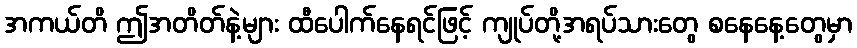
အကယ်တိ ဤအတိတ်နဲ့များ ထီပေါက်နေရင်ဖြင့် ကျုပ်တို့အရပ်သားတွေ စနေနေ့တွေမှာ